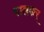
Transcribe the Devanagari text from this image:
पालकर्